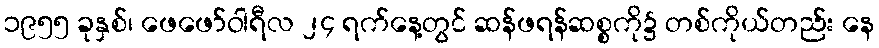
၁၉၅၅ ခုနှစ်၊ ဖေဖော်ဝါရီလ ၂၄ ရက်နေ့တွင် ဆန်ဖရန်ဆစ္စကို၌ တစ်ကိုယ်တည်း နေ